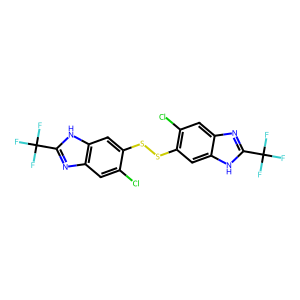
SMILES: FC(F)(F)c1nc2cc(Cl)c(SSc3cc4[nH]c(C(F)(F)F)nc4cc3Cl)cc2[nH]1
Inhibits HIV replication: No